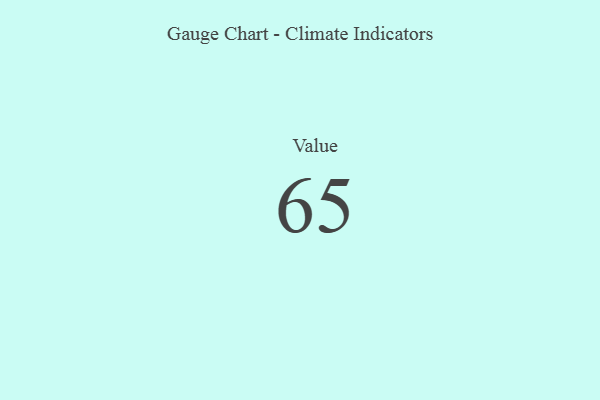
{"axis": {"x": "Metric", "y": "Value"}, "legend": [""], "data": [{"x": "Value", "y": 65, "type": ""}]}